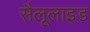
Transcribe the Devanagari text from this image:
सैलूलाइड